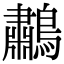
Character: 鷫